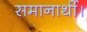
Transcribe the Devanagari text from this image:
समानार्थी।